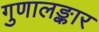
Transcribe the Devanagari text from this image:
गुणालङ्कार